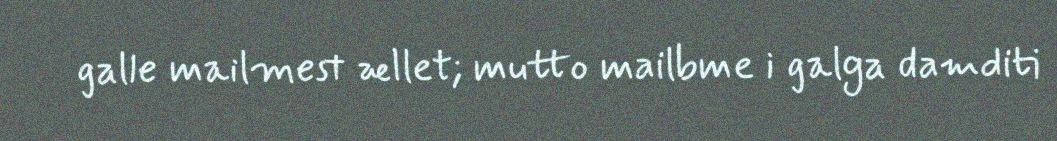
galle mailmest ællet; mutto mailbme i galga damditi